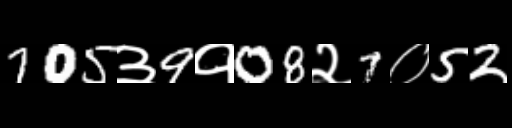
Text: 705३9१08२7०52